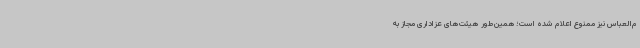
م‌العباس نیز ممنوع اعلام شده است؛ همین‌طور هیئت‌های عزاداری مجاز به